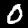
Label: 0